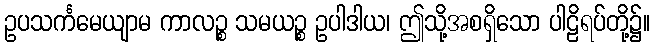
ဥပသင်္ကမေယျာမ ကာလဉ္စ သမယဉ္စ ဥပါဒါယ၊ ဤသို့အစရှိသော ပါဠိရပ်တို့၌။